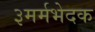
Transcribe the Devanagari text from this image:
३मर्मभेदक